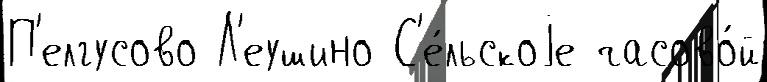
П'елгусово Л'еушино С'е́льскоjе часово́й